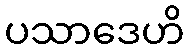
ပသာဒေဟိ